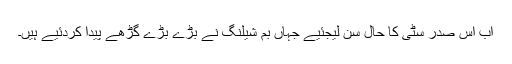
اب اِس صدر سٹی کا حال سُن لیجئیے جہاں بم شیلنگ نے بڑے بڑے گڑھے پیدا کردئیے ہیں۔